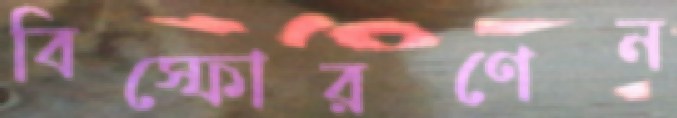
বিস্ফোরণেন